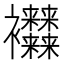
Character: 𧟜